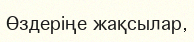
Өздеріңе жақсылар,